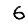
Digit: 6